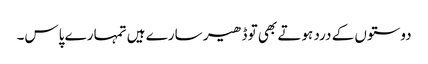
دوستوں کے درد ہوتے بھی تو ڈھیر سارے ہیں تمہارے پاس۔